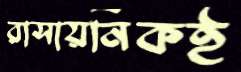
রাসায়নিকই